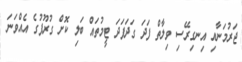
ޖަރުމަނާއި އިނގިރޭސި ވިލާތް ފަދަ ގަދަފަދަ ޓީމުތައް ބަލި ކޮށް ގުރޫޕުގެ އެއްވަނަ